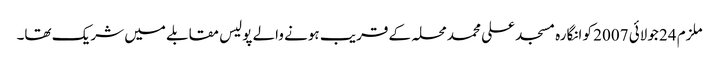
ملزم 24 جولائی 2007 کو انگارہ مسجد علی محمد محلہ کے قریب ہونے والے پولیس مقابلے میں شریک تھا۔